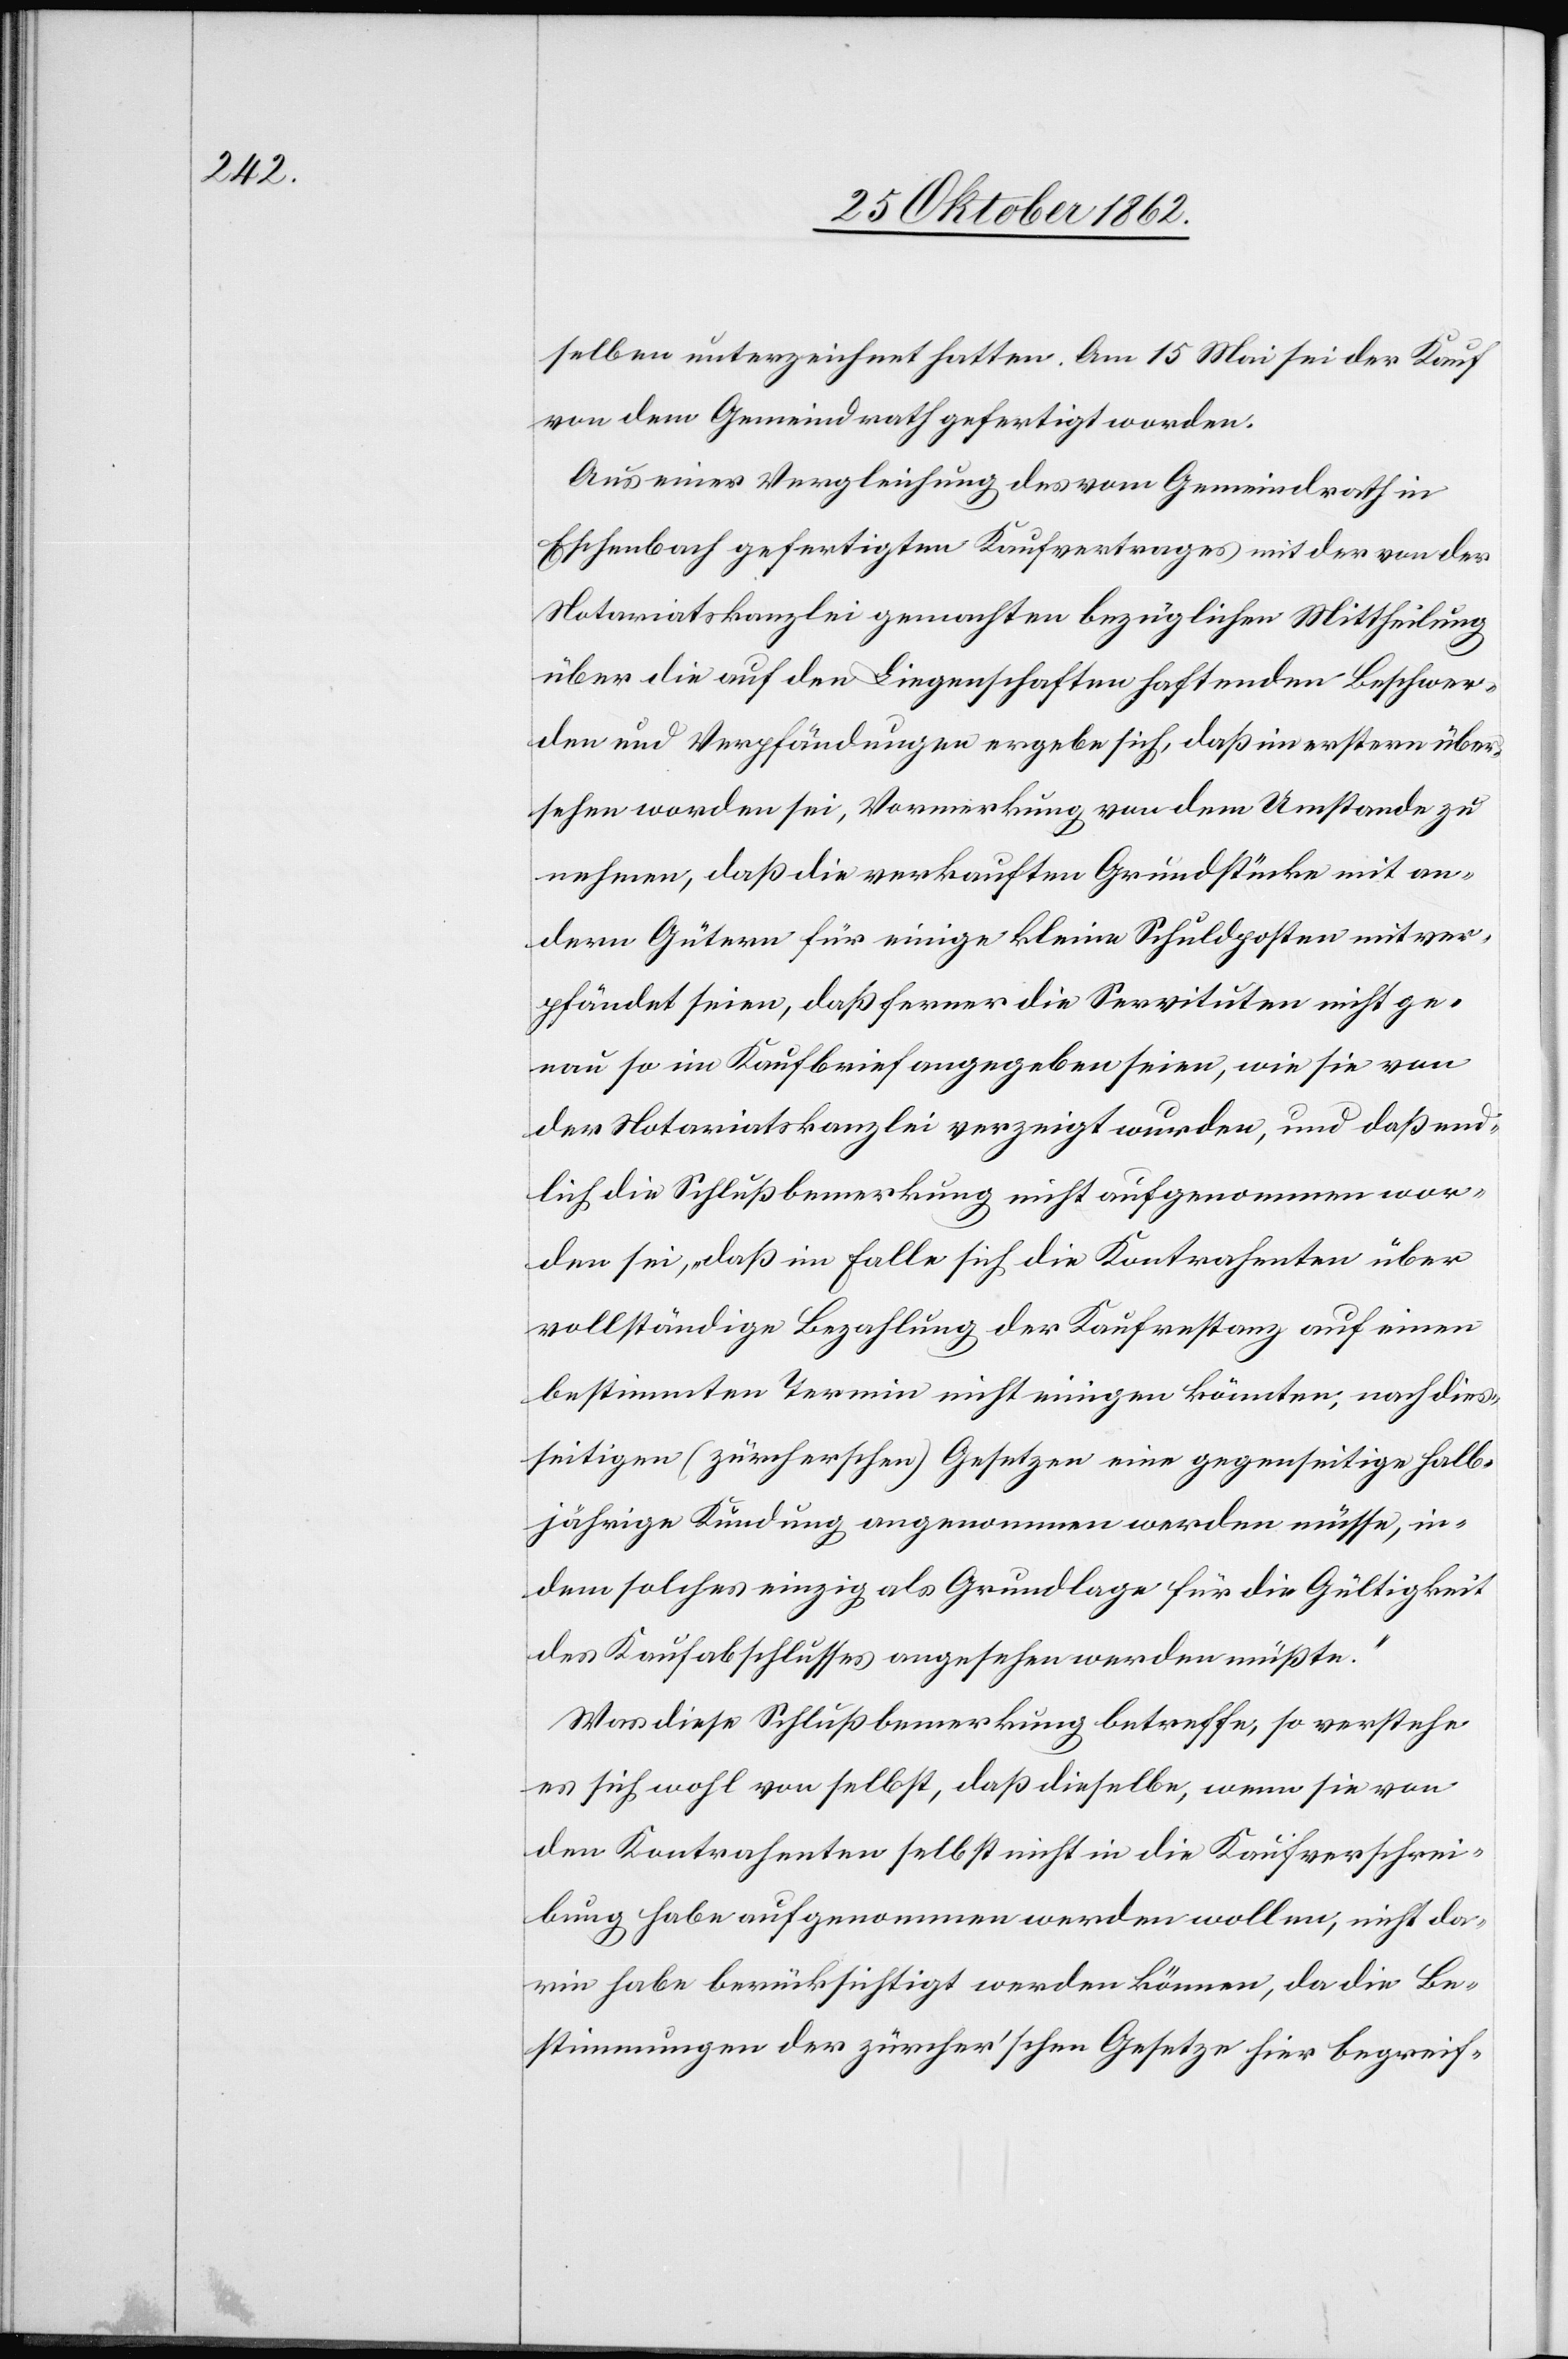
selben unterzeichnet hatten. Am 15. Mai sei der Kauf
von dem Gemeindrath gefertigt worden.
Aus einer Vergleichung des vom Gemeindrath in
Eschenbach gefertigten Kaufvertrages mit der von der
Notariatskanzlei gemachten bezüglichen Mittheilung
über die auf den Liegenschaften haftenden Beschwer¬
den und Verpfändungen ergebe sich, daß im erstern über¬
sehen worden sei, Vormerkung von dem Umstande zu
nehmen, daß die verkauften Grundstücke mit an¬
dern Gütern für einige kleine Schuldposten mit ver¬
pfändet seien, daß ferner die Servituten nicht ge¬
nau so im Kaufbrief angegeben seien, wie sie von
der Notariatskanzlei verzeigt wurden, und daß end¬
lich die Schlußbemerkung nicht aufgenommen wor¬
den sei, „daß im Falle sich die Kontrahenten über
vollständige Bezahlung der Kaufrestanz auf einen
bestimmten Termin nicht einigen könnten, nach dies¬
seitigen (zürcherschen) Gesetzen eine gegenseitige halb¬
jährige Kündung angenommen werden müsse, in¬
dem solches einzig als Grundalge für die Gültigkeit
des Kaufabschlusses angesehen werden müßte.“
Was diese Schlußbemerkung betreffe, so verstehe
es sich wohl von selbst, daß dieselbe, wenn sie von
den Kontrahenten selbst nicht in die Kaufverschrei¬
bung habe aufgenommen werden sollen, nicht da¬
rin habe berücksichtigt werden können, da die Be¬
stimmungen der zürcher’schen Gesetze hier begreif-